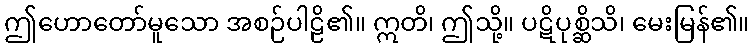
ဤဟောတော်မူသော အစဉ်ပါဠိ၏။ ဣတိ၊ ဤသို့။ ပဋိပုစ္ဆိသိ၊ မေးမြန်၏။